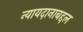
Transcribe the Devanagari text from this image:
न्यायदानाबद्दल